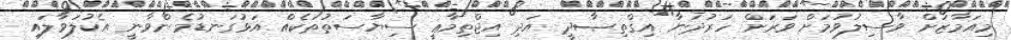
މިއަމާޒަށް ވާސިލުވުމަށް ވަރަށް ހަރުދަނާ އިޤްތިޞާދީ އަދި އިޖްތިމާޢީ ސިޔާސަތުތަކެއް އަޅުގަނޑުމެންވާނީ އެކުލަވާލައި